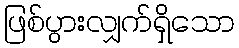
ဖြစ်ပွားလျှက်ရှိသော